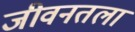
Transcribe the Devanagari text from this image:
जीवनतला